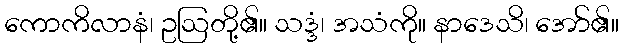
ကောကိလာနံ၊ ဥဩတို့၏။ သဒ္ဒံ၊ အသံကို။ နာဒေသိ၊ အော်၏။